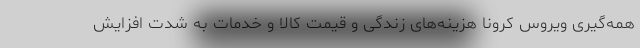
همه‌گیری ویروس کرونا هزینه‌های زندگی و قیمت کالا و خدمات به شدت افزایش